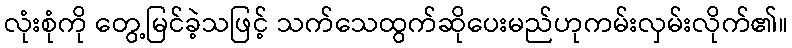
လုံးစုံကို တွေ့မြင်ခဲ့သဖြင့် သက်သေထွက်ဆိုပေးမည်ဟုကမ်းလှမ်းလိုက်၏။